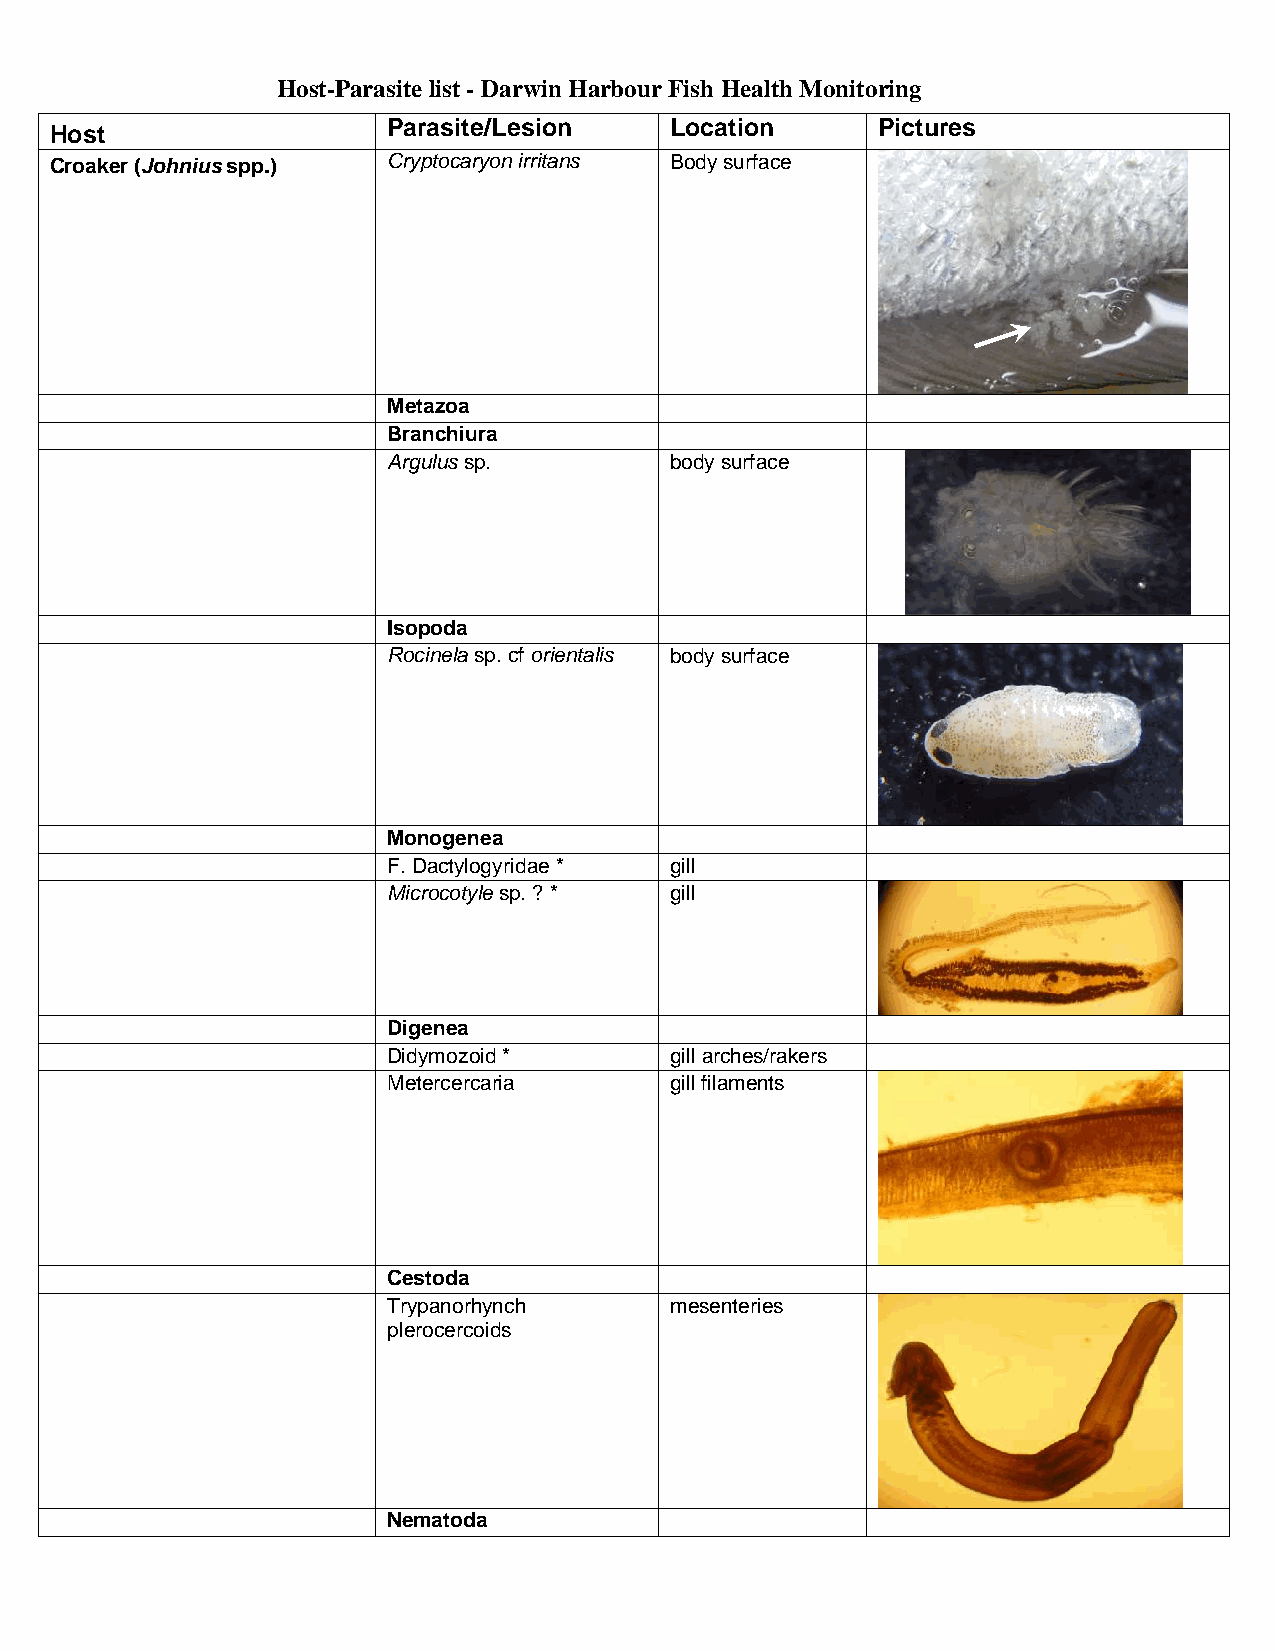
Host-Parasite list - Darwin Harbour Fish Health Monitoring
 Host
 Parasite/Lesion   Location      Pictures
 Croaker (Johnius spp.) Cryptocaryon irritans Body surface
 Metazoa
 Branchiura
 Argulus sp.       body surface
 Isopoda
 Rocinela sp. cf orientalis body surface
 Monogenea
 F. Dactylogyridae * gill
 Microcotyle sp. ? * gill
 Digenea
 Didymozoid *      gill arches/rakers
 Metercercaria     gill filaments
 Cestoda
 Trypanorhynch     mesenteries
 plerocercoids
 Nematoda